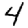
Digit: 4